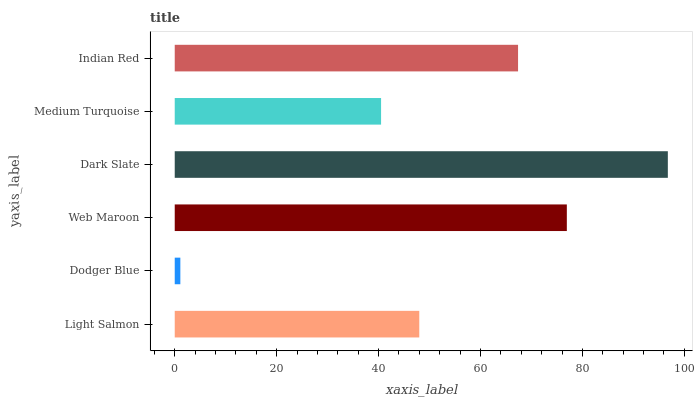
| yaxis_label | bars |
 | --- | --- |
 | Light Salmon | 48 |
 | Dodger Blue | 1.1 |
 | Web Maroon | 76.9 |
 | Dark Slate | 96.8 |
 | Medium Turquoise | 40.5 |
 | Indian Red | 67.4 |